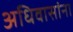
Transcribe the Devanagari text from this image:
अधिवासांना